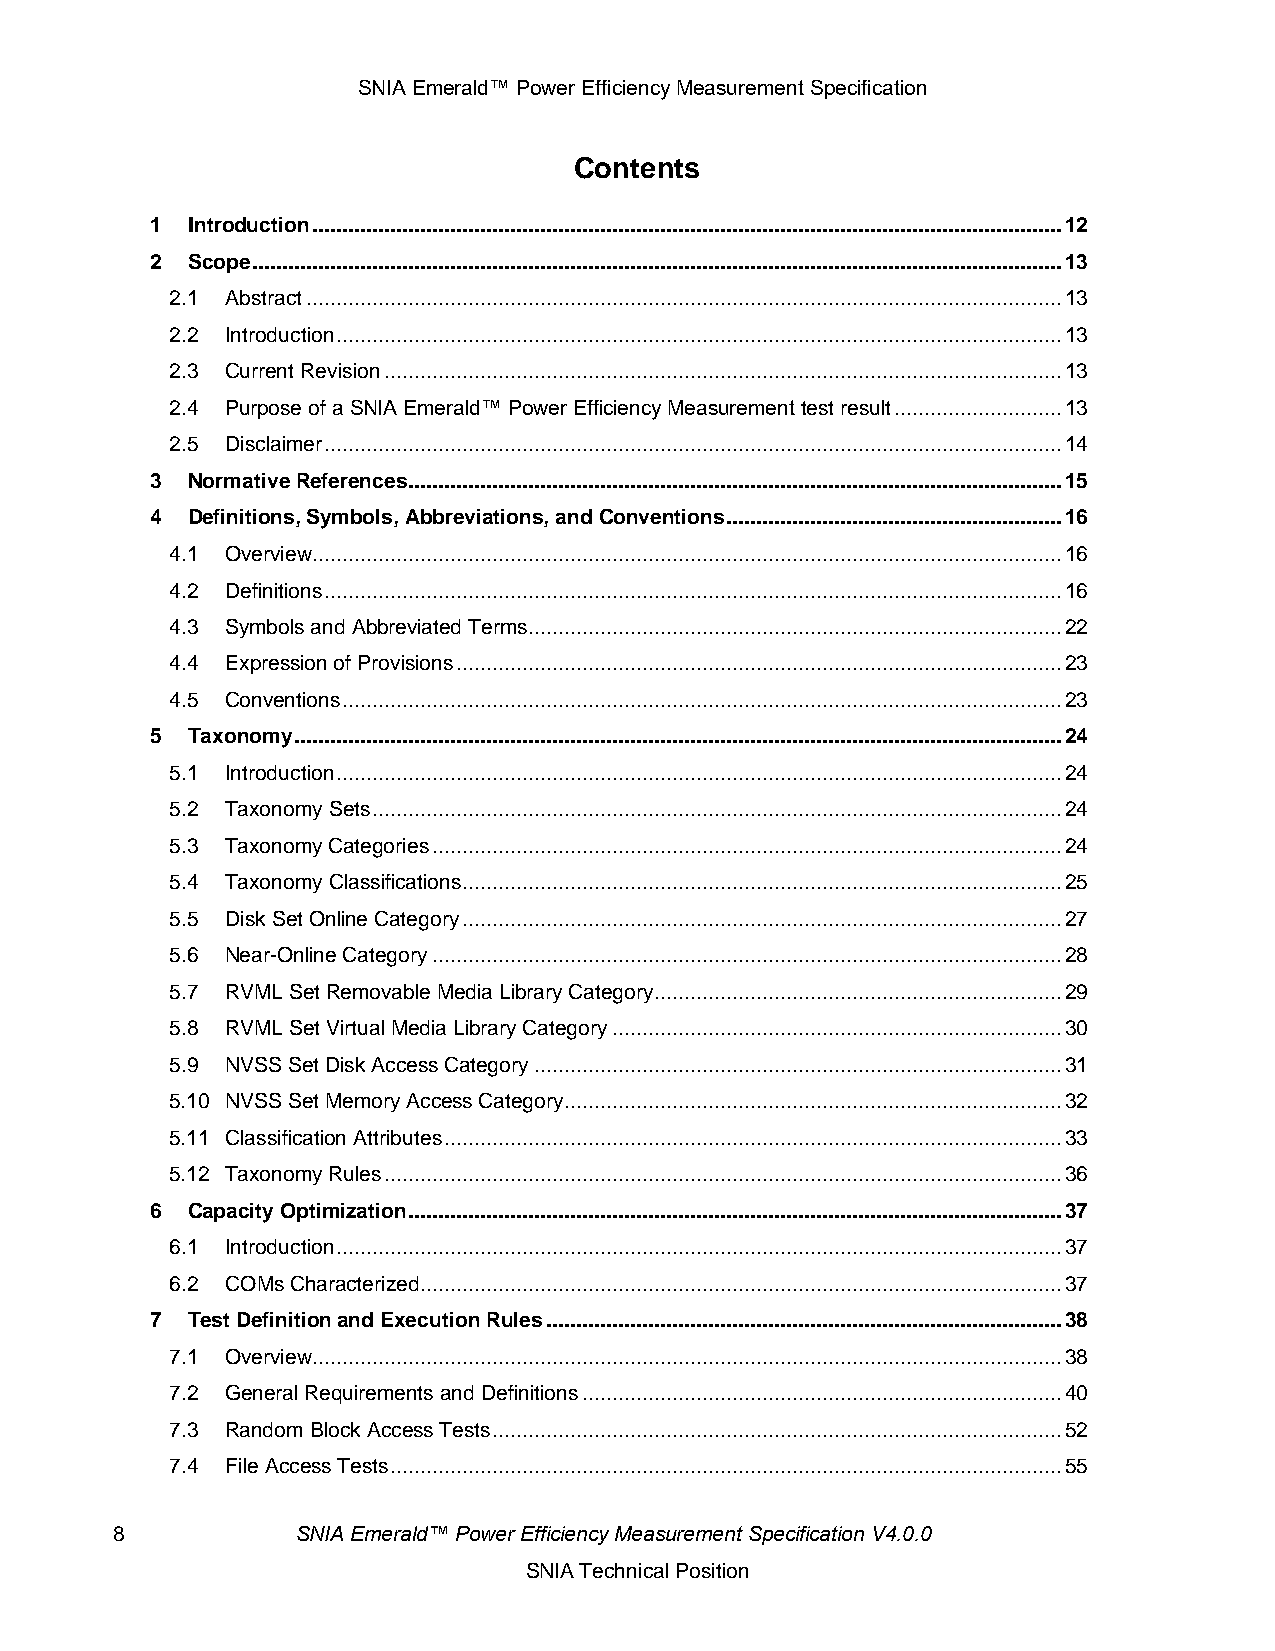
SNIA Emerald™ Power Efficiency Measurement Specification
 Contents
 1 Introduction ............................................................................................................................. 12
 2 Scope ....................................................................................................................................... 13
 2.1 Abstract .............................................................................................................................. 13
 2.2 Introduction ......................................................................................................................... 13
 2.3 Current Revision ................................................................................................................. 13
 2.4 Purpose of a SNIA Emerald™ Power Efficiency Measurement test result ............................ 13
 2.5 Disclaimer ........................................................................................................................... 14
 3 Normative References ............................................................................................................. 15
 4 Definitions, Symbols, Abbreviations, and Conventions ........................................................ 16
 4.1 Overview............................................................................................................................. 16
 4.2 Definitions ........................................................................................................................... 16
 4.3 Symbols and Abbreviated Terms ......................................................................................... 22
 4.4 Expression of Provisions ..................................................................................................... 23
 4.5 Conventions ........................................................................................................................ 23
 5 Taxonomy ................................................................................................................................ 24
 5.1 Introduction ......................................................................................................................... 24
 5.2 Taxonomy Sets ................................................................................................................... 24
 5.3 Taxonomy Categories ......................................................................................................... 24
 5.4 Taxonomy Classifications .................................................................................................... 25
 5.5 Disk Set Online Category .................................................................................................... 27
 5.6 Near-Online Category ......................................................................................................... 28
 5.7 RVML Set Removable Media Library Category .................................................................... 29
 5.8 RVML Set Virtual Media Library Category ........................................................................... 30
 5.9 NVSS Set Disk Access Category ........................................................................................ 31
 5.10 NVSS Set Memory Access Category ................................................................................... 32
 5.11 Classification Attributes ....................................................................................................... 33
 5.12 Taxonomy Rules ................................................................................................................. 36
 6 Capacity Optimization ............................................................................................................. 37
 6.1 Introduction ......................................................................................................................... 37
 6.2 COMs Characterized ........................................................................................................... 37
 7 Test Definition and Execution Rules ...................................................................................... 38
 7.1 Overview............................................................................................................................. 38
 7.2 General Requirements and Definitions ................................................................................ 40
 7.3 Random Block Access Tests ............................................................................................... 52
 7.4 File Access Tests ................................................................................................................ 55
 8            SNIA Emerald™ Power Efficiency Measurement Specification V4.0.0
 SNIA Technical Position